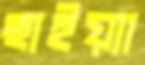
ছাইয়্যা